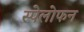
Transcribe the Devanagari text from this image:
स्पेलोफन